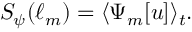
S _ { \psi } ( \ell _ { m } ) = \langle \Psi _ { m } [ u ] \rangle _ { t } .